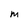
Character: M